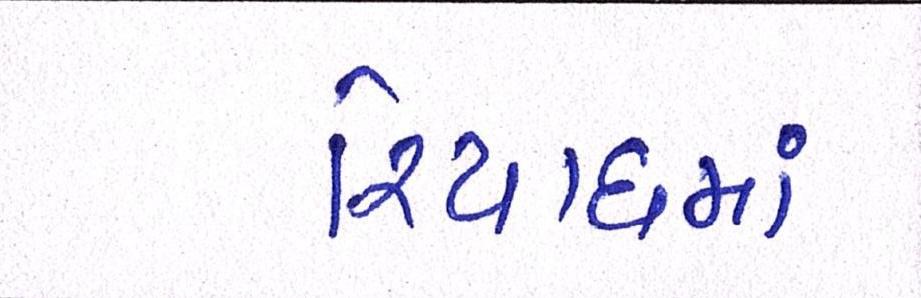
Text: રિયાધમાં